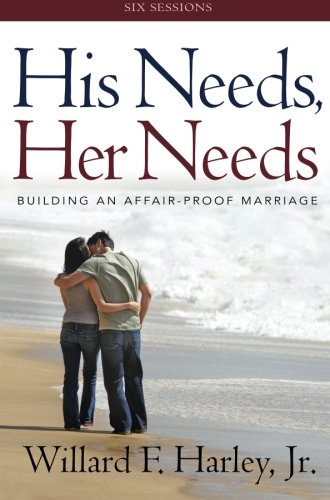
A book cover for His Needs, Her Needs Participant's Guide: Building an Affair-Proof Marriage (A Six-Session Study); Willard F. Jr. Harley; Parenting & Relationships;